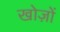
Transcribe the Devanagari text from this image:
खोज़ों